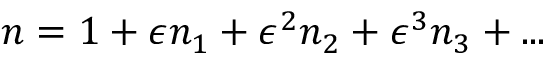
n = 1 + \epsilon n _ { 1 } + \epsilon ^ { 2 } n _ { 2 } + \epsilon ^ { 3 } n _ { 3 } + . . .